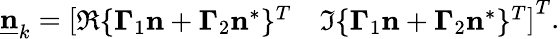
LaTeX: \underline{{\mathbf{n}}}_{k}=\left[\begin{array}{cc}{\mathfrak{R}\{ \mathbf{\Gamma}_{1}\mathbf{n}+\mathbf{\Gamma}_{2}\mathbf{n}^{*}\} ^{T}}&{\mathfrak{I}\{ \mathbf{\Gamma}_{1}\mathbf{n}+\mathbf{\Gamma}_{2}\mathbf{n}^{*}\} ^{T}}\end{array}\right]^{T}.